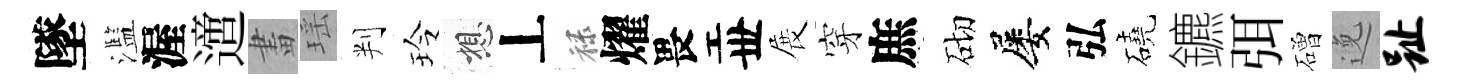
墜濫渥𨗁畫瑶判玲想丄禄燿畏丗展穿庶砌屡弘磽鑣弭磳𨓜趾